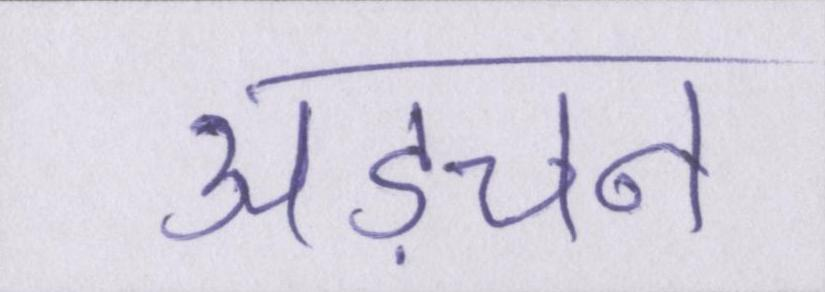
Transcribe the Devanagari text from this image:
अड़चन